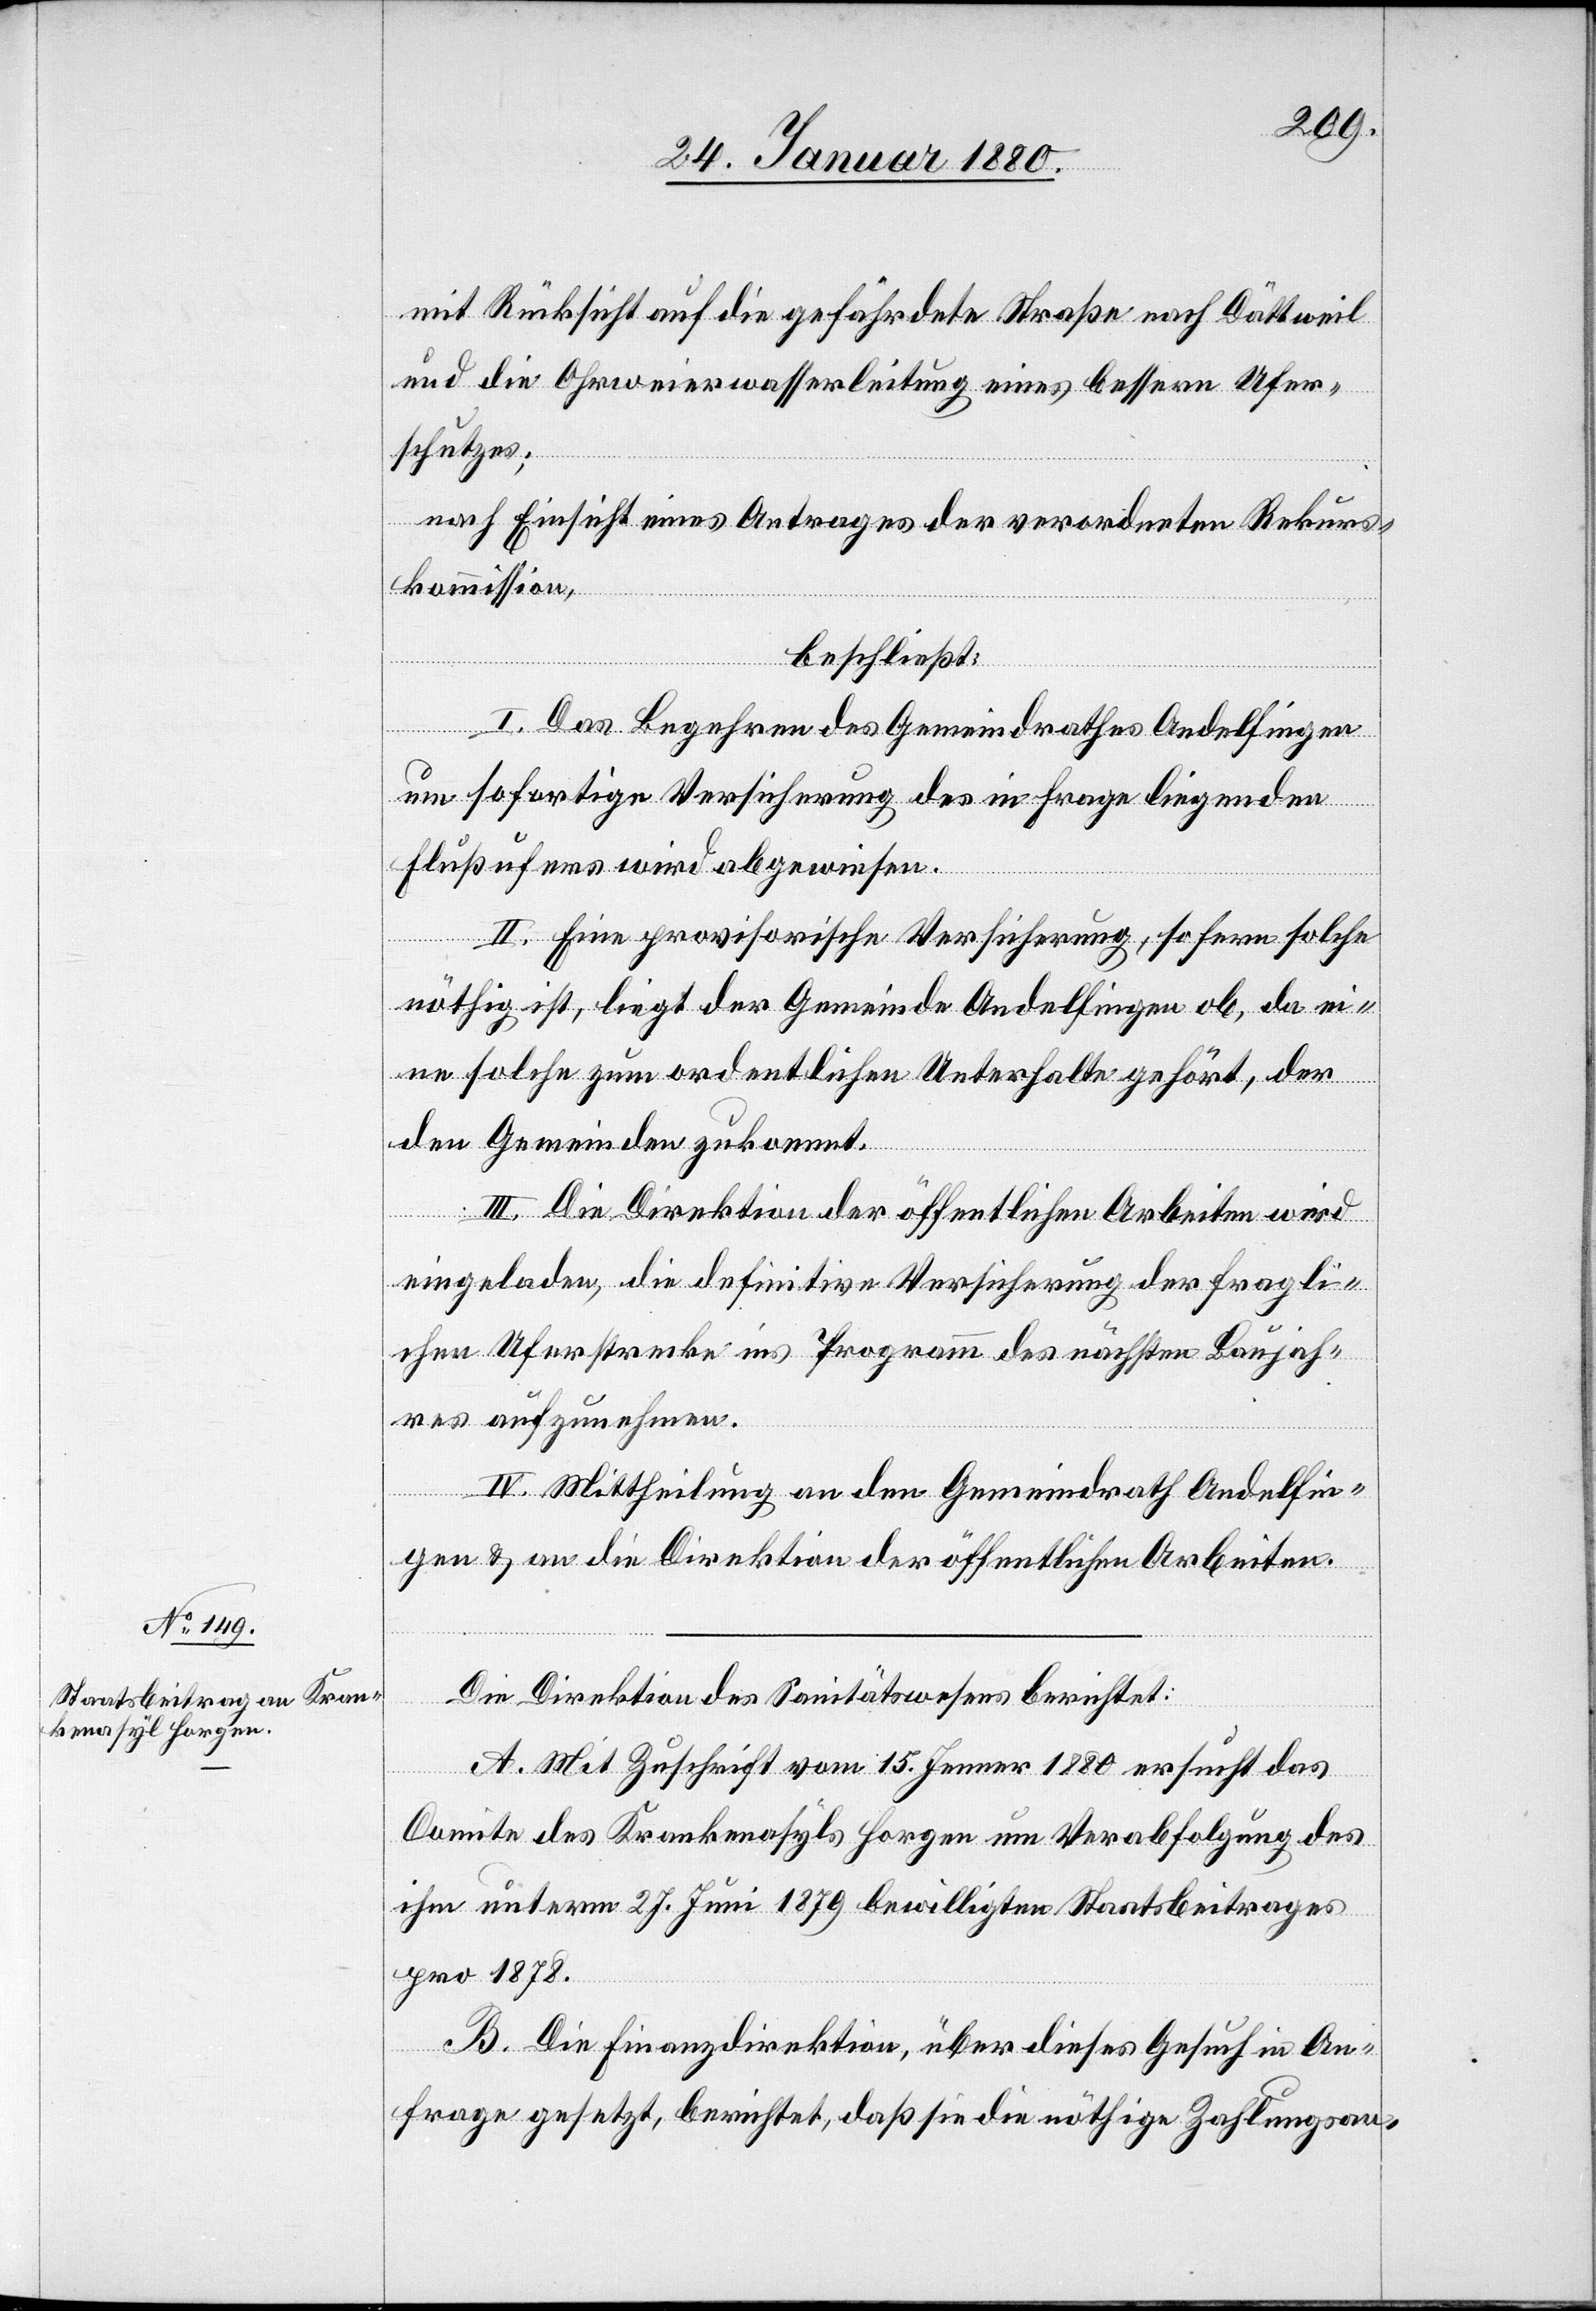
mit Rücksicht auf die gefährdete Straße nach Dättweil
und die Ohrweierwasserleitung eines bessern Ufer¬
schutzes;
nach Einsicht eines Antrages der verordneten Rekurs¬
kommission,
beschließt:
I. Das Begehren des Gemeindrathes Andelfingen
um sofortige Versicherung des in Frage liegenden
Flußufers wird abgewiesen.
II. Eine provisorische Versicherung, sofern solche
nöthig ist, liegt der Gemeinde Andelfingen ob, da ei¬
ne solche zum ordentlichen Unterhalte gehört, der
den Gemeinden zukommt.
III. Die Direktion der öffentlichen Arbeiten wird
eingeladen, die definitive Versicherung der fragli¬
chen Uferstrecke ins Programm des nächsten Baujah¬
res aufzunehmen.
IV. Mittheilung an den Gemeindrath Andelfin¬
gen & an die Direktion der öffentlichen Arbeiten.
Die Direktion des Sanitätswesens berichtet:
A. Mit Zuschrift vom 15. Jenner 1880 ersucht das
Comite des Krankenasyls Horgen um Verabfolgung des
ihm unterm 27. Juni 1879 bewilligten Staatsbeitrages
pro 1878.
B. Die Finanzdirektion, über dieses Gesuch in An¬
frage gesetzt, berichtet, daß sie die nöthige Zahlungsan-